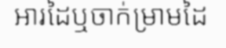
អារដៃឬចាក់ម្រាមដៃ